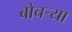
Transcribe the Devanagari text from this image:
बोचर्‍या